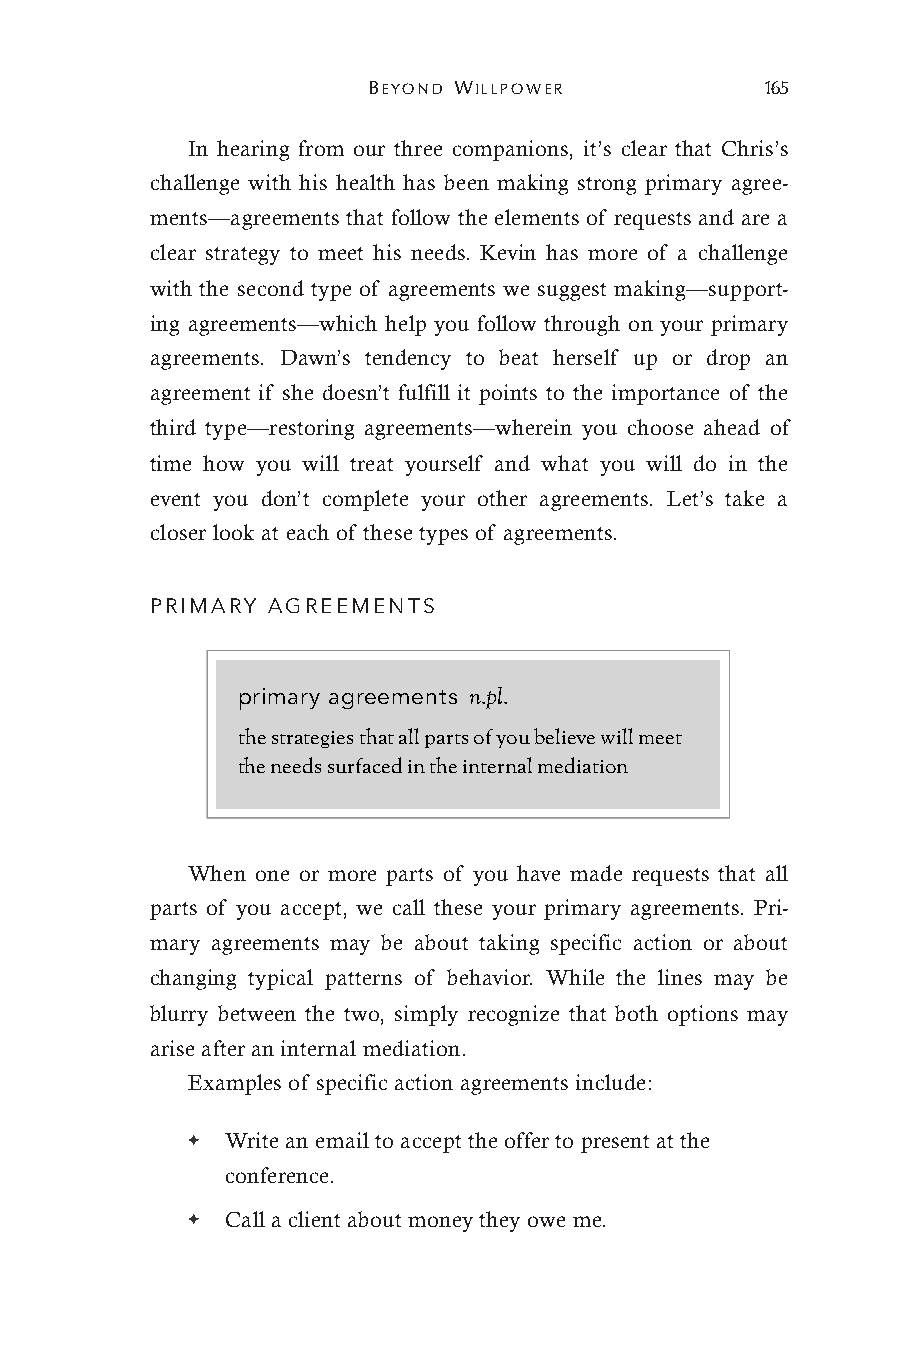
BEYOND WILLPOWER           165
 In hearing from our three companions, it’s clear that Chris’s
 challenge with his health has been making strong primary agree-
 ments—agreements that follow the elements of requests and are a
 clear strategy to meet his needs. Kevin has more of a challenge
 with the second type of agreements we suggest making—support-
 ing agreements—which help you follow through on your primary
 agreements. Dawn’s tendency to beat herself up or drop an
 agreement if she doesn’t fulfill it points to the importance of the
 third type—restoring agreements—wherein you choose ahead of
 time how you will treat yourself and what you will do in the
 event you don’t complete your other agreements. Let’s take a
 closer look at each of these types of agreements.
 PRIMARY AGREEMENTS
 primary agreements n.pl.
 the strategies that all parts of you believe will meet
 the needs surfaced in the internal mediation
 When one or more parts of you have made requests that all
 parts of you accept, we call these your primary agreements. Pri-
 mary agreements may be about taking specific action or about
 changing typical patterns of behavior. While the lines may be
 blurry between the two, simply recognize that both options may
 arise after an internal mediation.
 Examples of specific action agreements include:
 ✦  Write an email to accept the offer to present at the
 conference.
 ✦  Call a client about money they owe me.